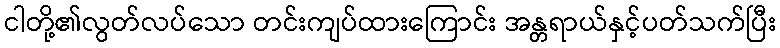
ငါတို့၏လွတ်လပ်သော တင်းကျပ်ထားကြောင်း အန္တရာယ်နှင့်ပတ်သက်ပြီး